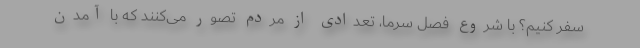
سفر کنیم؟ با شروع فصل سرما، تعدادی از مردم تصور می‌کنند که با آمدن